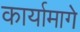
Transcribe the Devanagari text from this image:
कार्यामागे